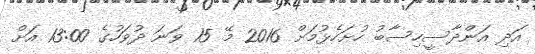
އަދި އަންދާސީހިސާބު ހުށަހެޅުމަށް 2016 މޭ 15 ވަނަ ދުވަހުގެ 13:00 އަށް